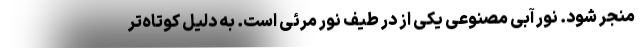
منجر شود. نور آبی مصنوعی یکی از در طیف نور مرئی است. به دلیل کوتاه‌تر